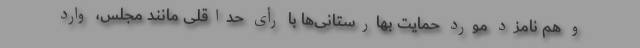
و هم نامزد مورد حمایت بهارستانی‌ها با رأی حداقلی مانند مجلس، وارد